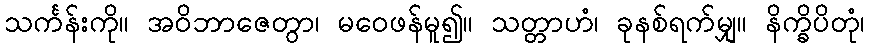
သင်္ကန်းကို။ အဝိဘာဇေတွာ၊ မဝေဖန်မူ၍။ သတ္တာဟံ၊ ခုနစ်ရက်မျှ။ နိက္ခိပိတုံ၊